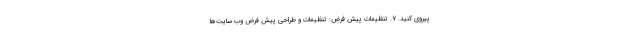
پیروی کنید. ۷. تنظیمات پیش فرض: تنظیمات و طراحی پیش فرض وب سایت‌ها